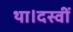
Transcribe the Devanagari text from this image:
था।दस्वीं